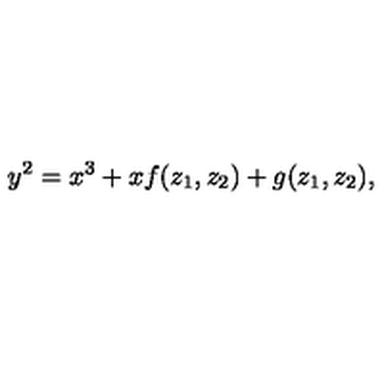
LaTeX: y ^ { 2 } = x ^ { 3 } + x f ( z _ { 1 } , z _ { 2 } ) + g ( z _ { 1 } , z _ { 2 } ) ,